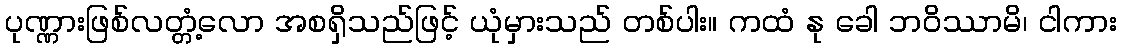
ပုဏ္ဏားဖြစ်လတ္တံ့လော အစရှိသည်ဖြင့် ယုံမှားသည် တစ်ပါး။ ကထံ နု ခေါ ဘဝိဿာမိ၊ ငါကား